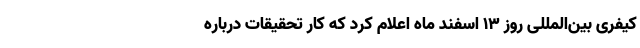
کیفری بین‌المللی روز ۱۳ اسفند ماه اعلام کرد که کار تحقیقات درباره